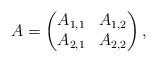
LaTeX: \begin{align*}A = \begin{pmatrix}A_{1,1} & A_{1,2}\\A_{2,1} & A_{2,2}\end{pmatrix},\end{align*}